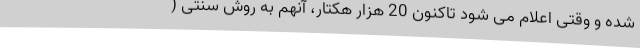
شده و وقتی اعلام می شود تاکنون 20 هزار هکتار، آنهم به روش سنتی (